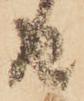
由